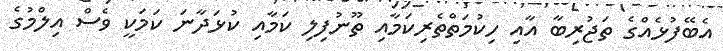
އެބޭފުޅެއްގެ ތަޖުރިބާ އާއި ހިކުމަތްތެރިކަމާއި ތޫނުފިލި ކަމާއި ކުޅަދާނަ ކަމަކީ ވެސް އިލްމުގެ